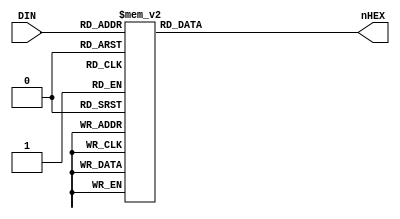
module seg7dec(
input 	[3:0] DIN,
output reg [6:0] nHEX
);

always @* begin
	case(DIN)
	4'h0:	nHEX = 7'b1000000;
	4'h1:	nHEX = 7'b1111001;
	4'h2:	nHEX = 7'b0100100;
	4'h3:	nHEX = 7'b0110000;
	4'h4:	nHEX = 7'b0011001;
	4'h5:	nHEX = 7'b0010010;
	4'h6:	nHEX = 7'b0000010;
	4'h7:	nHEX = 7'b1011000;
	4'h8:	nHEX = 7'b0000000;
	4'h9:	nHEX = 7'b0010000;
	default:nHEX = 7'b1111111;
   endcase
end

endmodule